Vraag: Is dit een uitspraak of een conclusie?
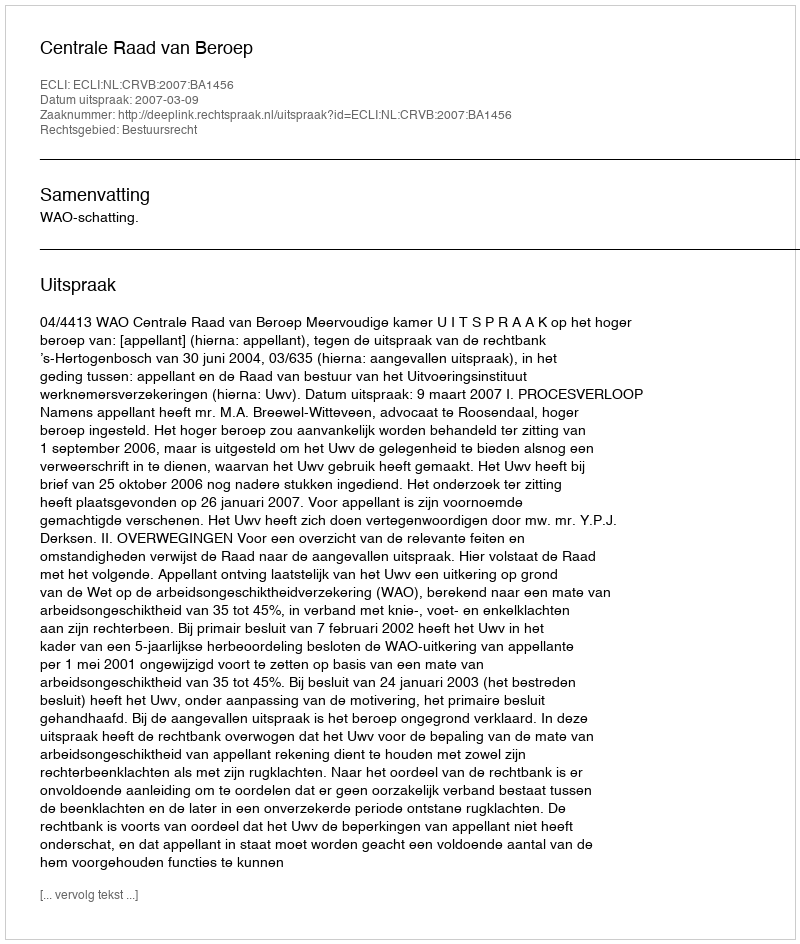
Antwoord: Uitspraak